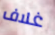
غلاف